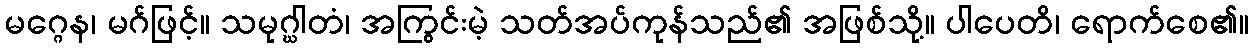
မဂ္ဂေန၊ မဂ်ဖြင့်။ သမုဂ္ဃါတံ၊ အကြွင်းမဲ့ သတ်အပ်ကုန်သည်၏ အဖြစ်သို့။ ပါပေတိ၊ ရောက်စေ၏။